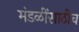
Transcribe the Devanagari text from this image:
मंडळींसाठीच